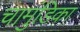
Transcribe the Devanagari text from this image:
चामुंडिका